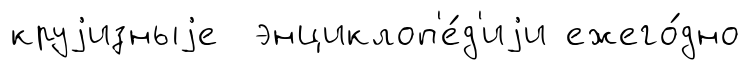
круjизныjе энциклоп'е́д'иjи ежего́дно